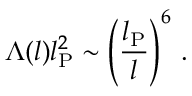
\Lambda ( l ) l _ { \mathrm { P } } ^ { 2 } \sim \left( \frac { l _ { \mathrm { P } } } { l } \right) ^ { 6 } \, .